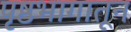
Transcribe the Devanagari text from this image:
पृष्ठभागातून